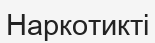
Наркотикті